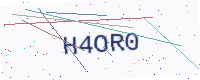
Text: H4OR0